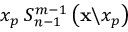
x _ { p } \: S _ { n - 1 } ^ { m - 1 } \left( \mathbf { x } \backslash x _ { p } \right)